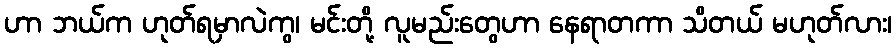
ဟာ ဘယ်က ဟုတ်ရမှာလဲကွ၊ မင်းတို့ လူမည်းတွေဟာ နေရာတကာ သိတယ် မဟုတ်လား၊